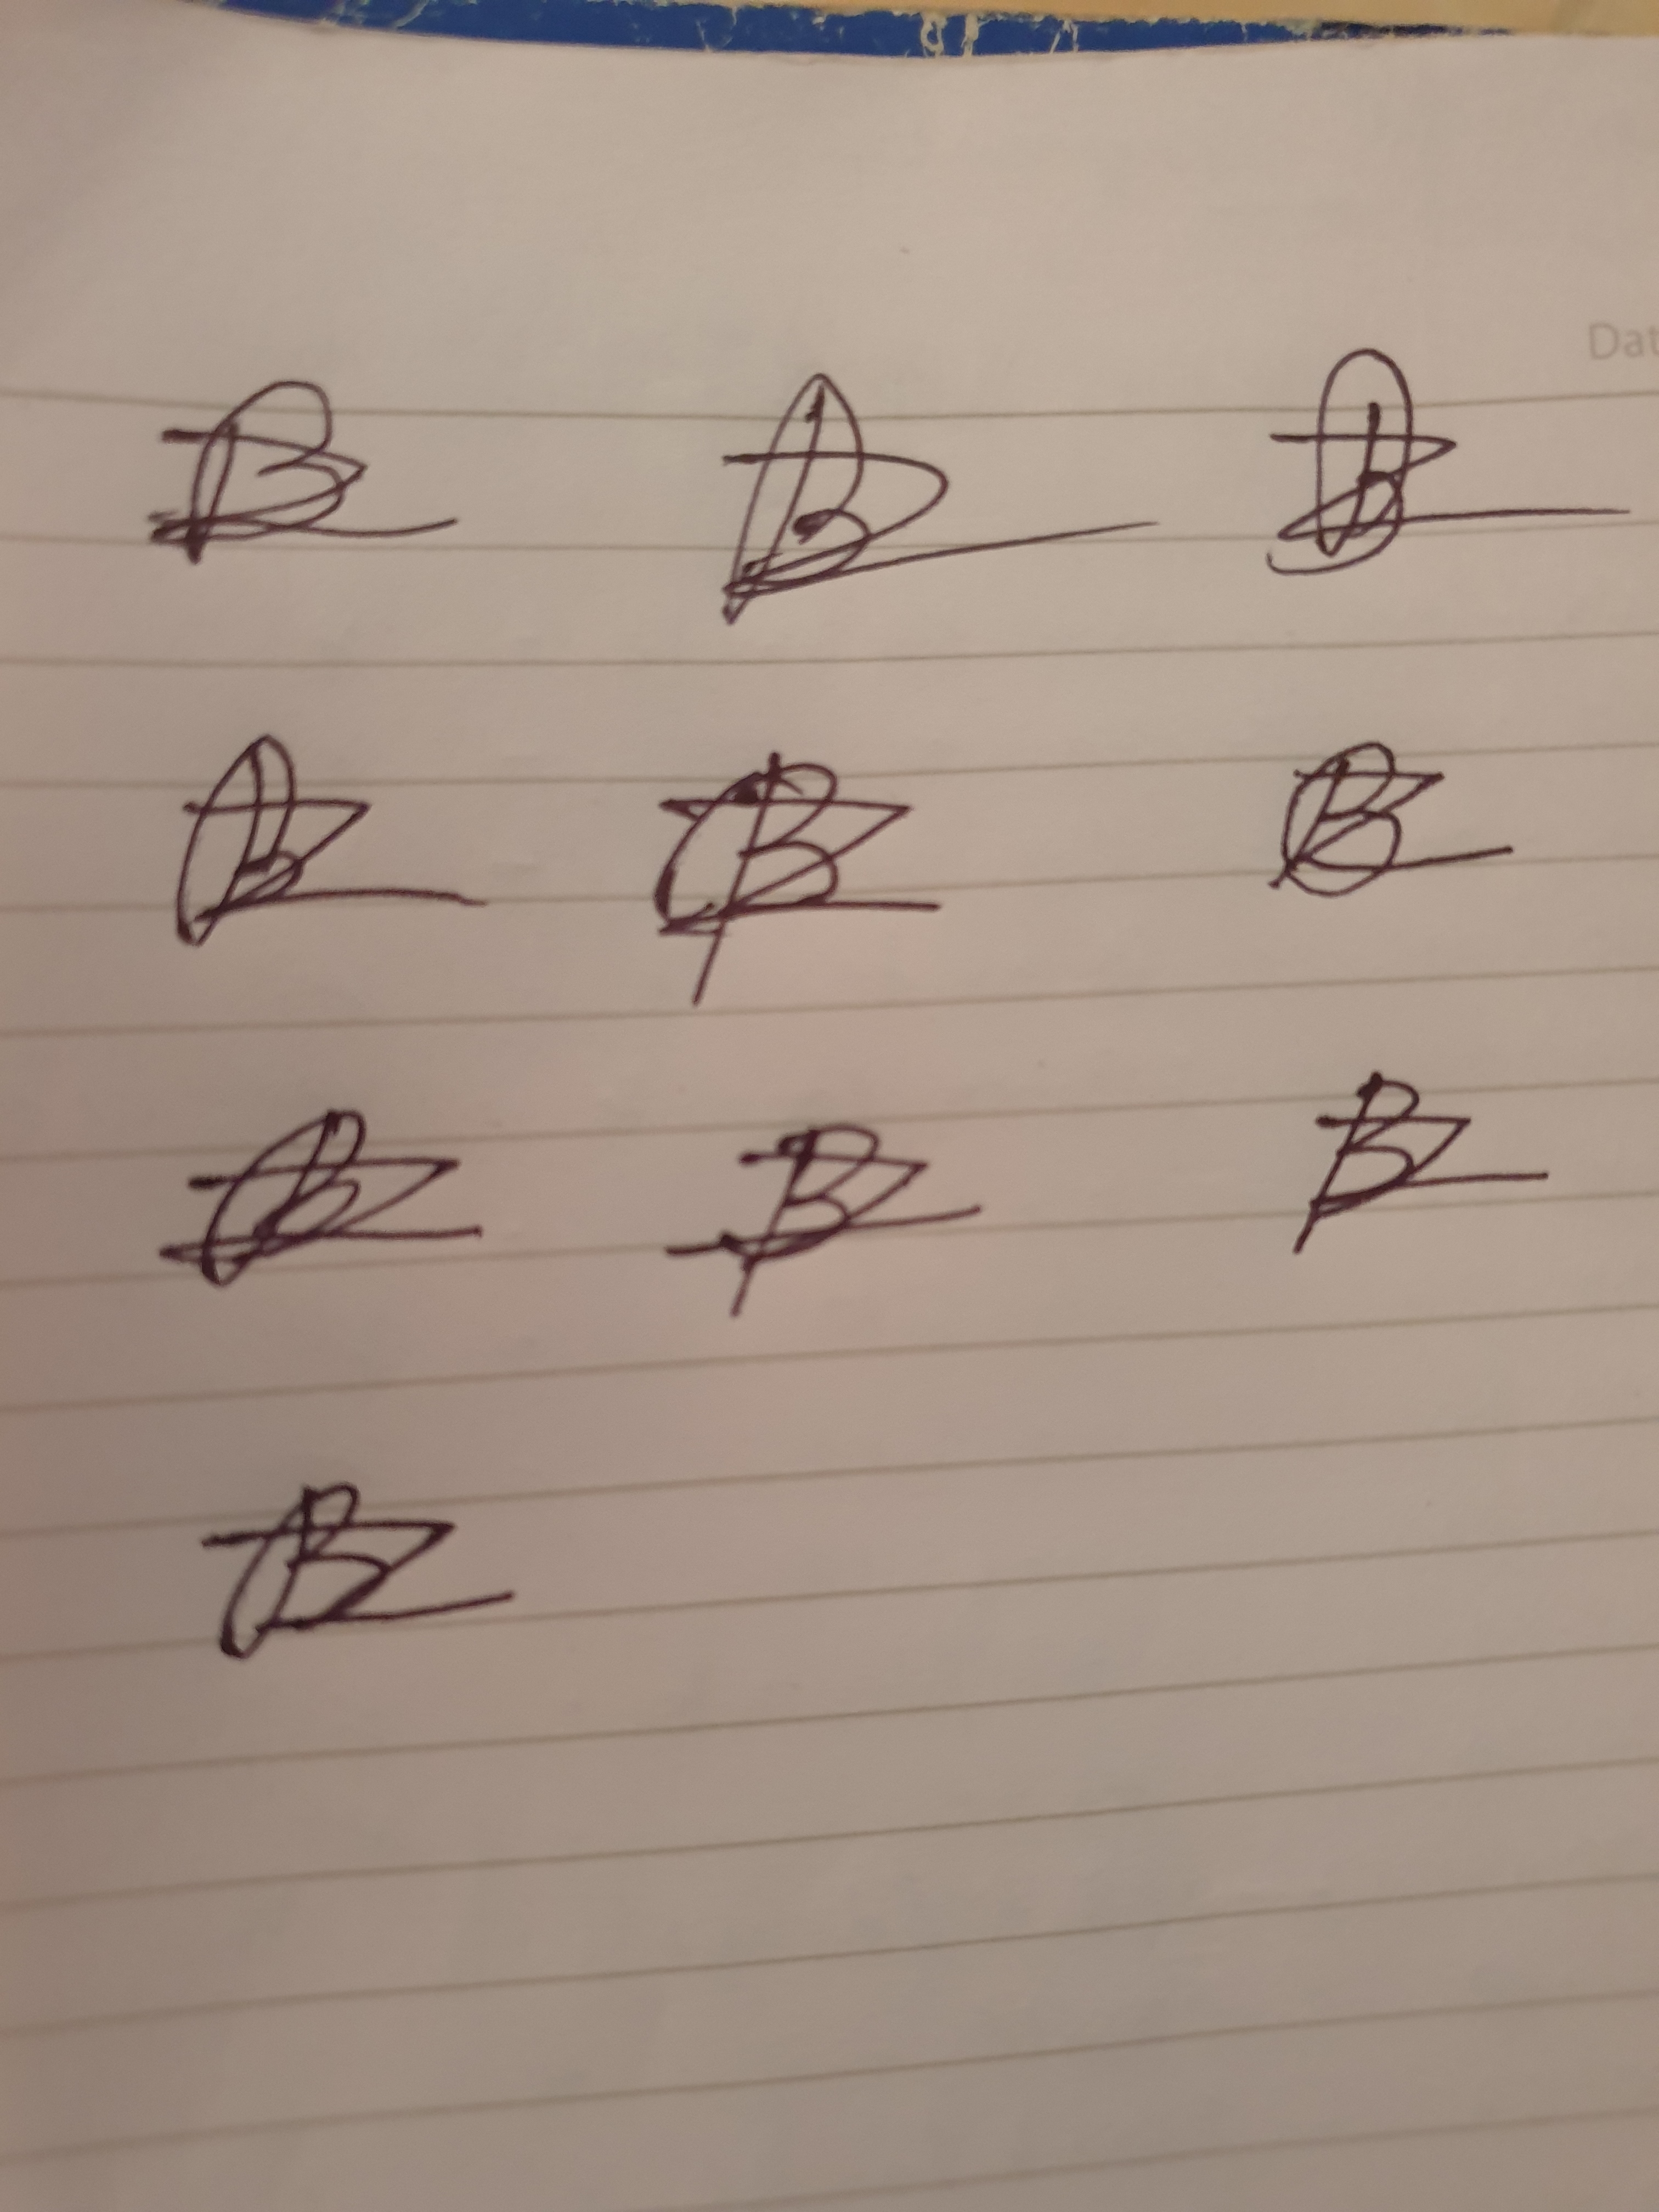
Signature authenticity: forged